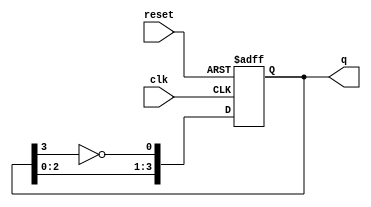
module johnson_counter (
    input wire clk,        // Clock input
    input wire reset,      // Asynchronous reset
    output reg [3:0] q     // 4-bit output
);

    // Always block triggered on the rising edge of the clock or reset
    always @(posedge clk or posedge reset) begin
        if (reset) begin
            q <= 4'b0000; // Initialize to 0000 on reset
        end else begin
            // Johnson counter logic
            q <= {q[2:0], ~q[3]}; // Shift left and feed inverted last bit
        end
    end

endmodule